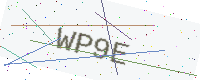
Text: WP9E